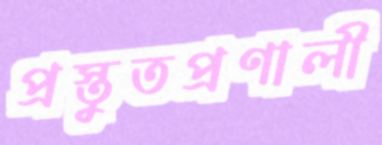
প্রস্তুতপ্রণালী